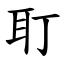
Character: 耵